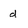
Character: d